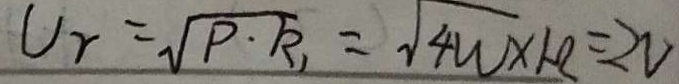
U _ { r } = \sqrt { P \cdot R _ { 1 } } = \sqrt { 4 W \times 1 \Omega } = 2 V